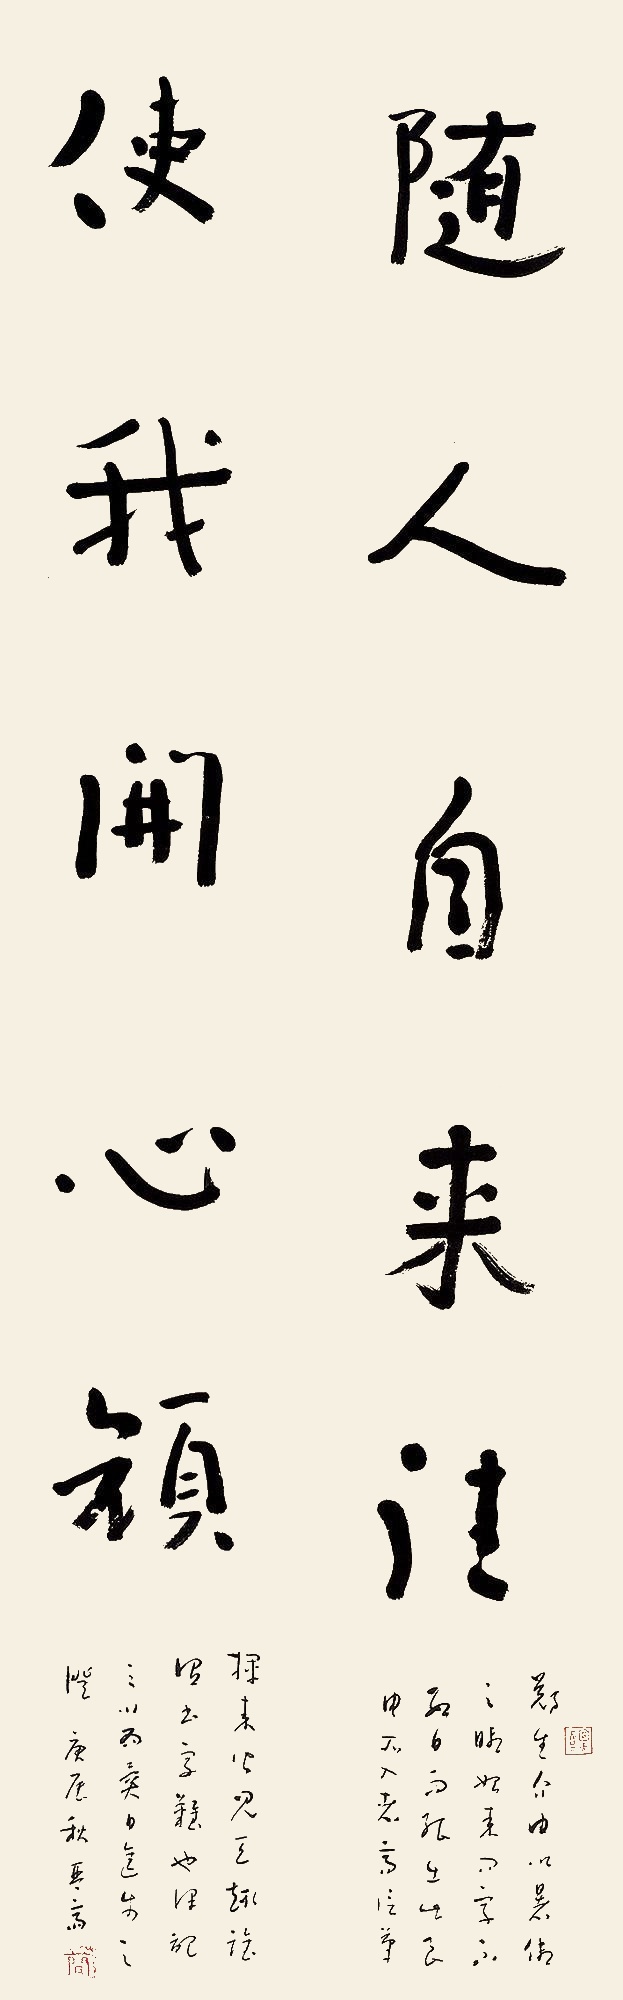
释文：随人自来往，使我开心颜。郑生介由以暑假之暇始来问字不数日而能出此良由所入者斋信笔。挥来皆见天趣谁谓书字难也记之以为异日进步之证庚辰秋琴斋。